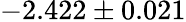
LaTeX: -2.422\pm 0.021